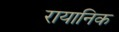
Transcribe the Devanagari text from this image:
रायानिक